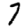
Digit: 7